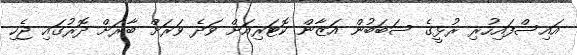
އައިސްފައިހުރި ރުޅީގެ ސަބަބުން އަޒާން ކޮޓަރިއަށް ވަދެ ވަރަށް ބާރަށް ދޮރުގައި ޖެހި